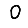
Digit: 0